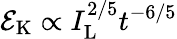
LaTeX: {\cal E}_{\mathrm{K}}\propto I_{\mathrm{L}}^{2/5}t^{-6/5}